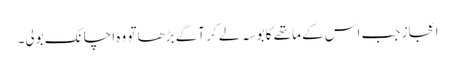
اعجاز جب اس کے ماتھے کا بوسہ لے کر آگے بڑھا تو وہ اچانک بولی۔